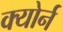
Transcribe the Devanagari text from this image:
क्योर्न